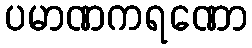
ပမာဏကရဏော